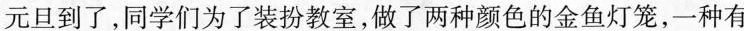
元旦到了，同学们为了装扮教室，做了两种颜色的金鱼灯笼，一种有